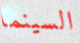
السينما